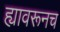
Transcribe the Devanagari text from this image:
ह्यावरूनच